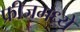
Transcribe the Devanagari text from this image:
फ्रीजमध्ये